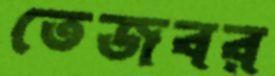
তেজবর